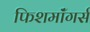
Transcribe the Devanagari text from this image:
फिशमॉंगर्स